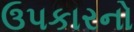
ઉપકારનો